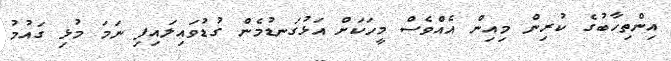
އިންތިހާބުގެ ކުރިން މިއިން އެއްވެސް މީހަކަށް އަޅުގަނޑުމެން ގުޑުވައިލައިފި ނަމަ މުޅި ގައުމު